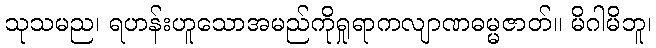
သုသမည၊ ရဟန်းဟူသောအမည်ကိုရှုရာကလျာဏဓမ္မဇာတ်။ မိဂါမိဘူ၊